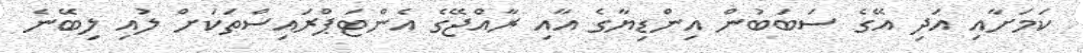
ކަމަށާއި އަދި އޭގެ ސަބަބުން އިންޑިޔާގެ އާއި ރާއްޖޭގެ އެންޓަޕްރައިސްތަކަށް ލުއި ލިބޭނެ